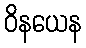
ဝိနယေန